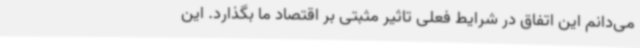
می‌دانم این اتفاق در شرایط فعلی تاثیر مثبتی بر اقتصاد ما بگذارد. این